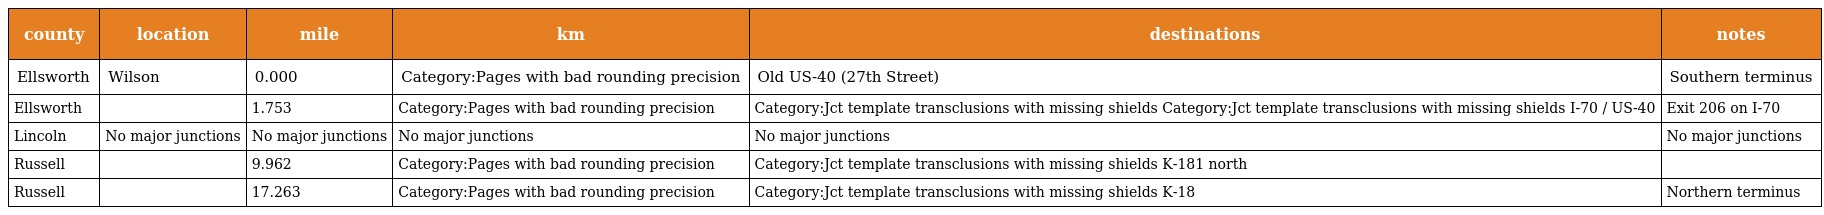
| county | location | mile | km | destinations | notes |
 | --- | --- | --- | --- | --- | --- |
 | Ellsworth | Wilson | 0.000 | Category:Pages with bad rounding precision | Old US-40 (27th Street) | Southern terminus |
 | Ellsworth |  | 1.753 | Category:Pages with bad rounding precision | Category:Jct template transclusions with missing shields Category:Jct template transclusions with missing shields I-70 / US-40 | Exit 206 on I-70 |
 | Lincoln | No major junctions | No major junctions | No major junctions | No major junctions | No major junctions |
 | Russell |  | 9.962 | Category:Pages with bad rounding precision | Category:Jct template transclusions with missing shields K-181 north |  |
 | Russell |  | 17.263 | Category:Pages with bad rounding precision | Category:Jct template transclusions with missing shields K-18 | Northern terminus |